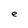
Character: e